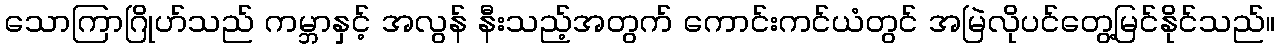
သောကြာဂြိုဟ်သည် ကမ္ဘာနှင့် အလွန် နီးသည့်အတွက် ကောင်းကင်ယံတွင် အမြဲလိုပင်တွေ့မြင်နိုင်သည်။